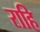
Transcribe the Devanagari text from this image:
राहि